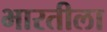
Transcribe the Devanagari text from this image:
भारतीला